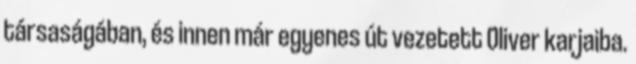
társaságában, és innen már egyenes út vezetett Oliver karjaiba.